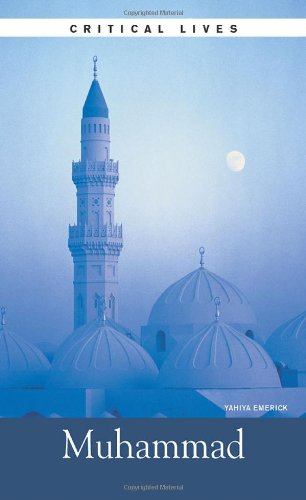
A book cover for Muhammad (Critical Lives); Yahiya Emerick; Religion & Spirituality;